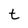
Character: t